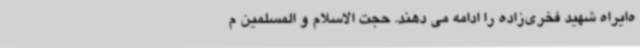
ه‌ایراه شهید فخری‌زاده را ادامه می دهند. حجت الاسلام و المسلمین م